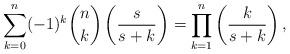
LaTeX: \begin{align*} \sum_{k=0}^{n}(-1)^{k}\binom{n}{k}\left(\frac{s}{s+k}\right)=\prod_{k=1}^{n}\left(\frac{k}{s+k}\right),\end{align*}